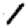
Digit: 1